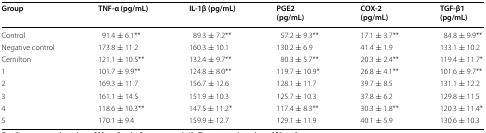
<table><thead><tr><td><b>Group</b></td><td><b>TNF-α (pg/mL)</b></td><td><b>IL-1β (pg/mL)</b></td><td><b>PGE2(pg/mL)</b></td><td><b>COX-2(pg/mL)</b></td><td><b>TGF-β1(pg/mL)</b></td></tr></thead><tbody><tr><td>Control</td><td>91.4 ± 6.1**</td><td>89.3 ± 7.2**</td><td>57.2 ± 9.3**</td><td>17.1 ± 3.7**</td><td>84.8 ± 9.9**</td></tr><tr><td>Negative control</td><td>173.8 ± 11.2</td><td>160.3 ± 10.1</td><td>130.2 ± 6.9</td><td>41.4 ± 1.9</td><td>133.1 ± 10.2</td></tr><tr><td>Cernilton</td><td>121.1 ± 10.5**</td><td>132.4 ± 9.7**</td><td>80.3 ± 5.7**</td><td>20.3 ± 2.4**</td><td>119.4 ± 11.7*</td></tr><tr><td>1</td><td>101.7 ± 9.9**</td><td>124.8 ± 8.0**</td><td>119.7 ± 10.9*</td><td>26.8 ± 4.1**</td><td>101.6 ± 9.7**</td></tr><tr><td>2</td><td>169.3 ± 11.7</td><td>156.7 ± 12.6</td><td>128.1 ± 11.7</td><td>39.7 ± 8.5</td><td>131.1 ± 12.2</td></tr><tr><td>3</td><td>161.1 ± 14.5</td><td>151.9 ± 10.3</td><td>125.7 ± 10.3</td><td>37.8 ± 6.2</td><td>129.8 ± 11.5</td></tr><tr><td>4</td><td>118.6 ± 10.3**</td><td>147.5 ± 11.2*</td><td>117.4 ± 8.3**</td><td>30.3 ± 1.8**</td><td>120.3 ± 11.4*</td></tr><tr><td>5</td><td>170.1 ± 9.4</td><td>159.9 ± 12.7</td><td>129.1 ± 11.9</td><td>40.1 ± 5.9</td><td>130.6 ± 10.3</td></tr></tbody></table>